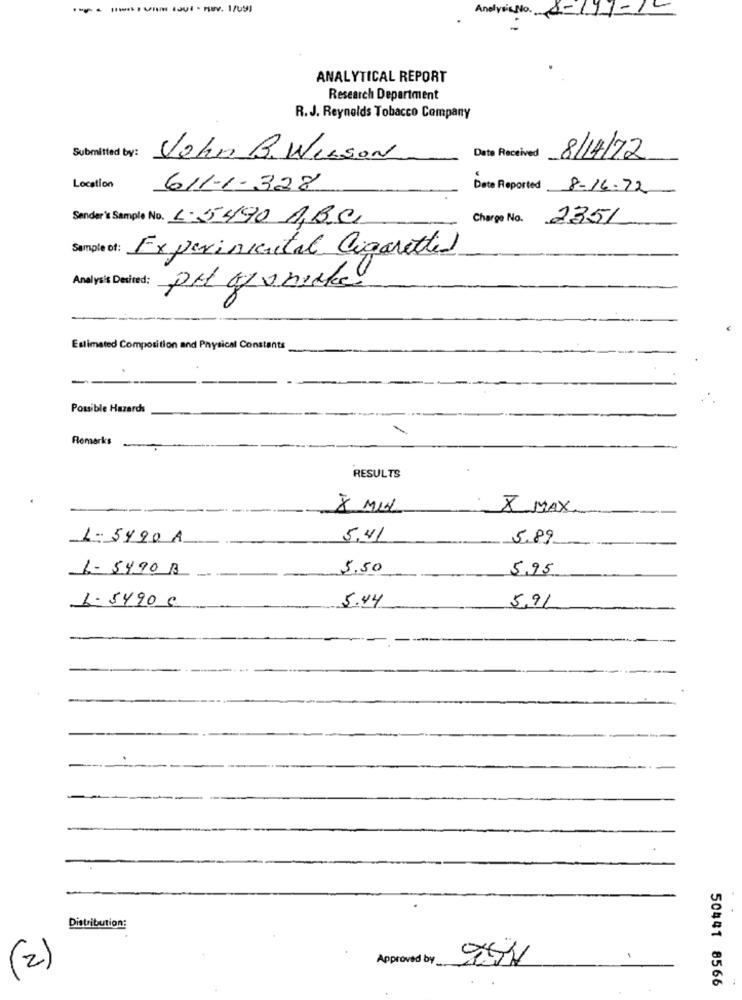
------- -- - 8. 1/09]
Anelveis No. 8-111-1
ANALYTICAL REPORT
Research Department
R. J. Reynolds Tobacco Company
Submitted by:
John B. WILSON
8/14/72
Location
611-1-328
Date Reported 8-16.22
Sender's Sample No. 1.5490 ABC
Charge No.
2351
Sample of:
Experimental Cigaretted
Analysis Desired: pit manicke
Estimated Composition and Physical Constants
-
Possible Hazards
Remarks
RESULTS
X MAX
1- 5490 A
5.41
5.89
L- 5490 B
5,50
5,95
--
1-5490 €
5.44
5,91
Distribution:
Approved by
(2)
50441 8566